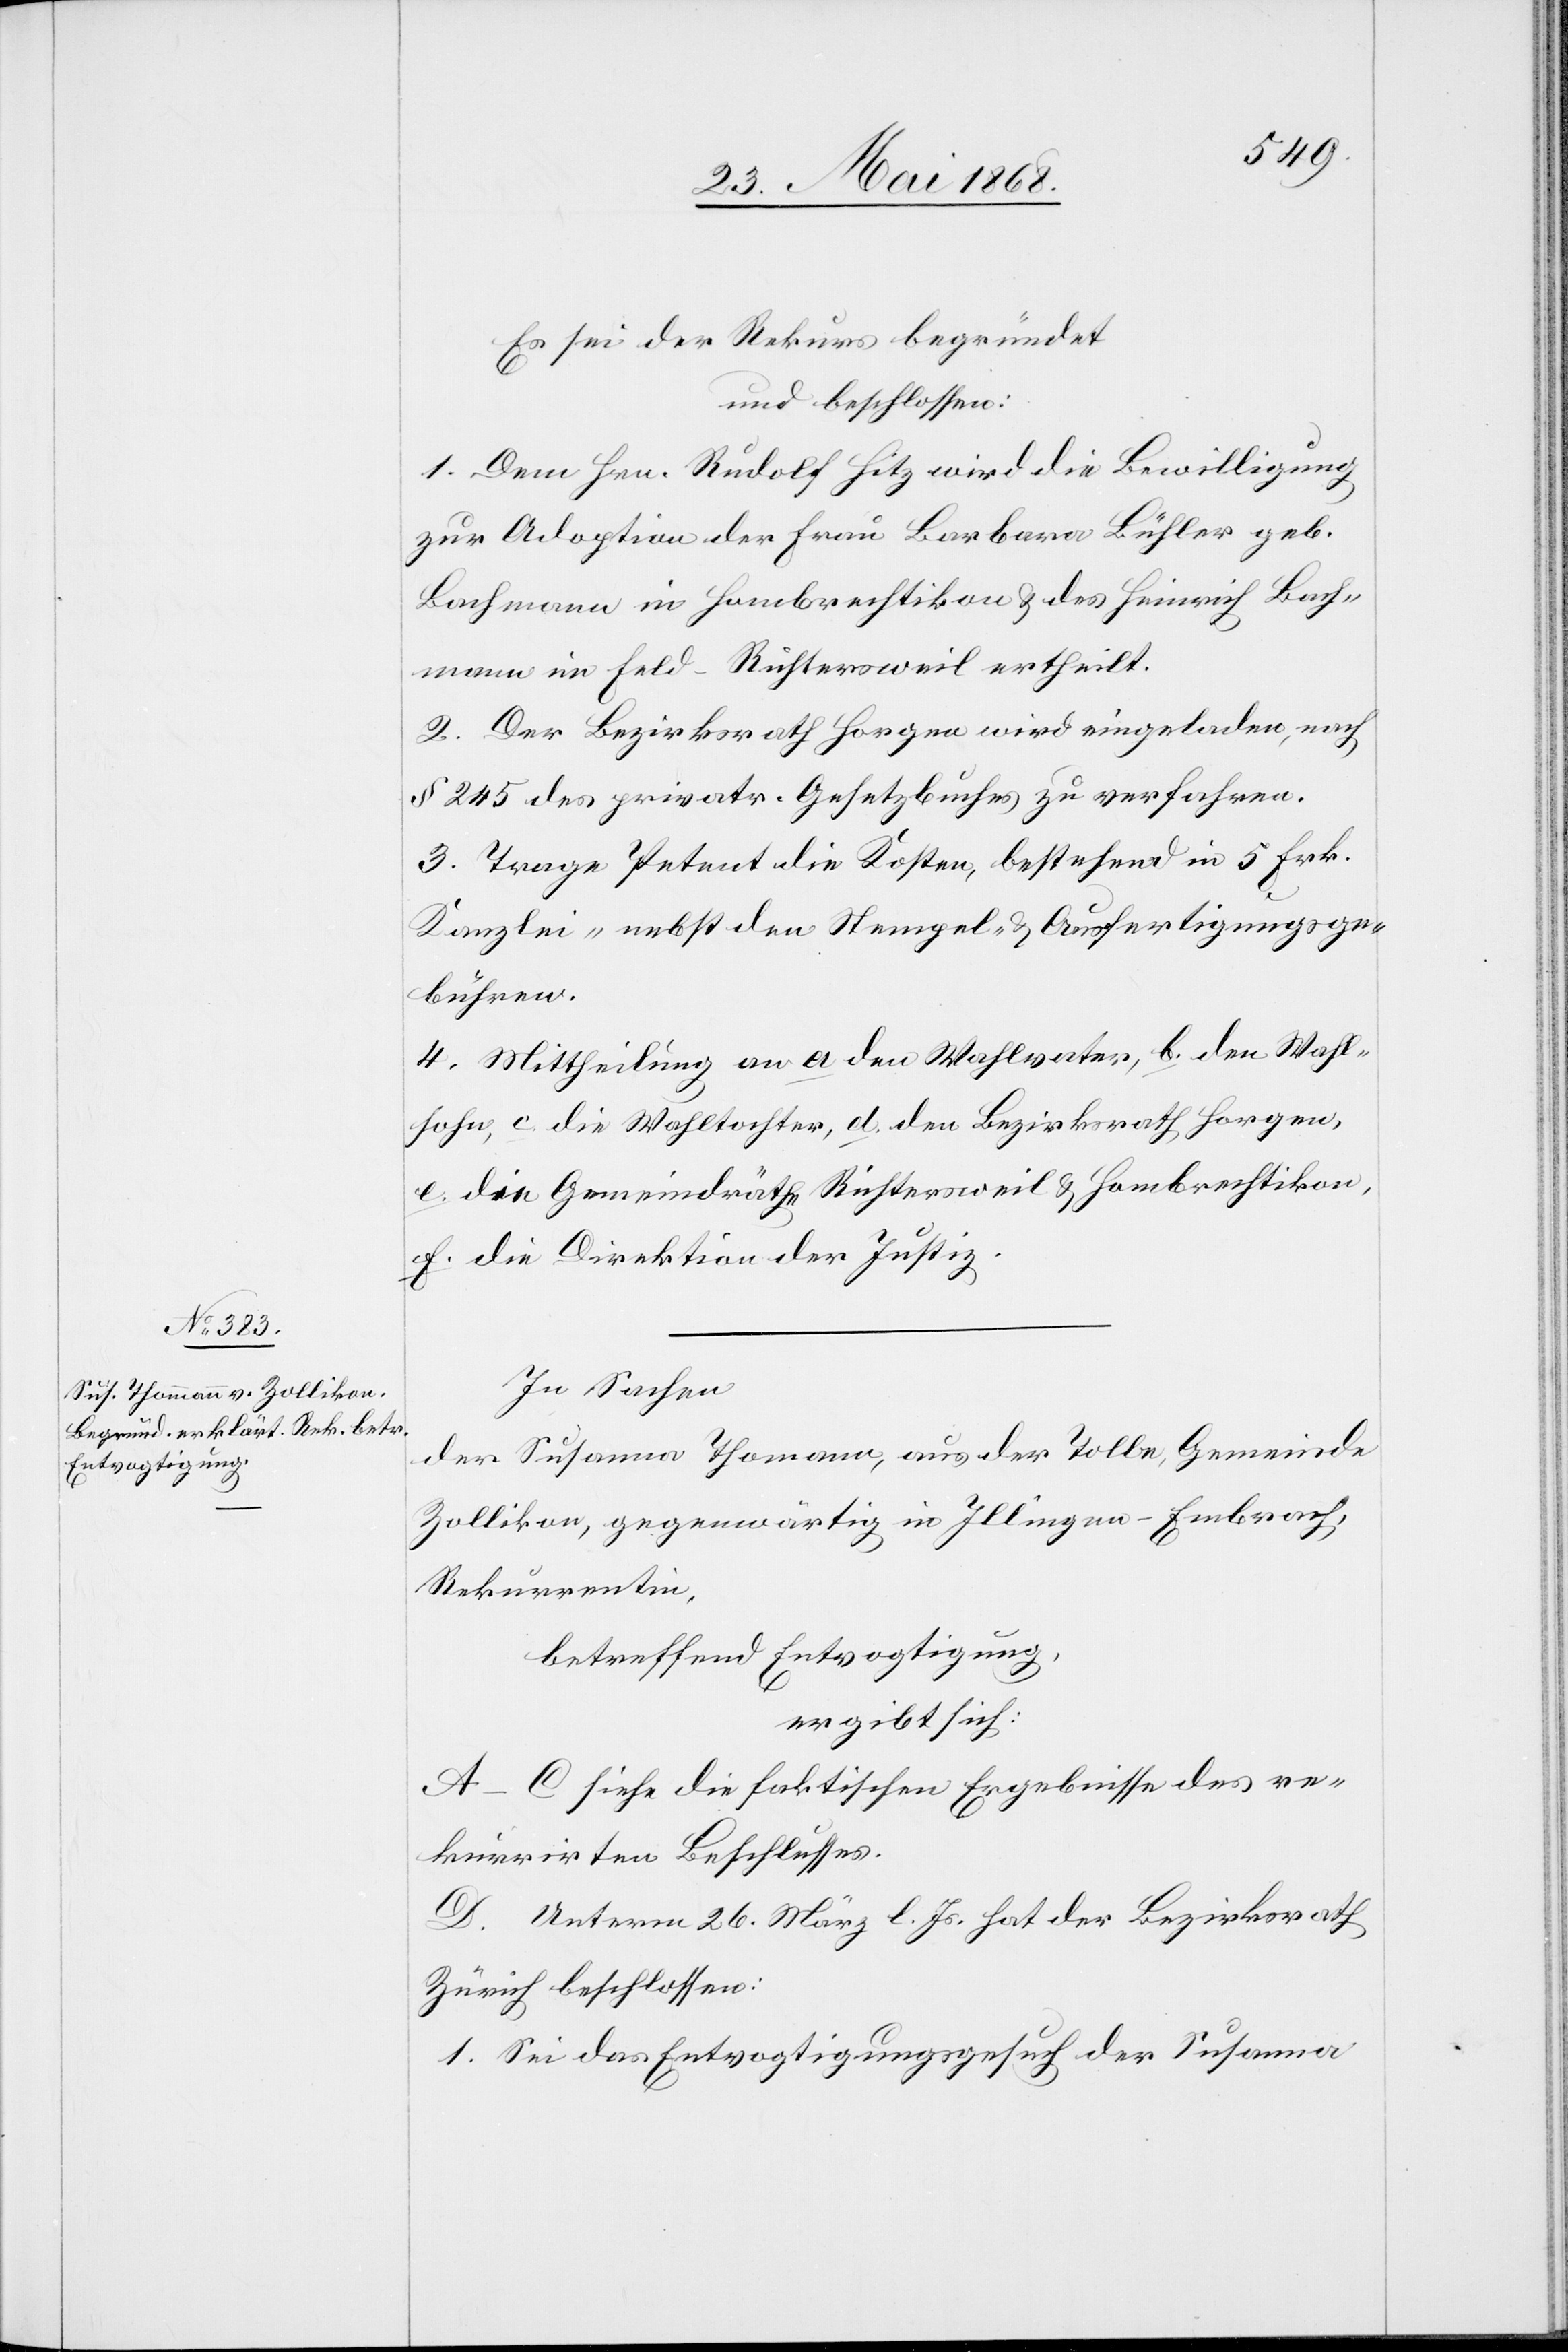
Es sei der Rekurs begründet
und beschlossen:
1. Dem Hrn. Rudolf Hitz wird die Bewilligung
zur Adoption der Frau Barbara Bühler geb.
Bachmann in Hombrechtikon & des Heinrich Bach¬
mann im Feld-Richtersweil ertheilt.
2. Der Bezirksrath Horgen wird eingeladen, nach
§ 245 des privatr. Gesetzbuches zu verfahren.
3. Trage Petent die Kosten, bestehend in 5 Frk.
Kanzlei-[,] nebst den Stempel- & Ausfertigungsge¬
bühren.
4. Mittheilung an a den Wahlvater, b. den Wahl¬
sohn, c. die Wahltochter, d. den Bezirksrath Horgen,
e. die Gemeindräthe Richtersweil & Hombrechtikon,
f. die Direktion der Justiz.
In Sachen
der Susanne Thomann [sic!], aus der Tolle, Gemeinde
Zollikon, gegenwärtig in Illingen-Embrach,
Rekurrentin,
betreffend Entvogtigung,
ergibt sich:
A–C siehe die faktischen Ergebnisse des re¬
kurrirten Beschlusses.
D. Unterm 26. März l. Js. hat der Bezirksrath
Zürich beschlossen:
1. Sei das Entvogtigungsgesuch der Susanna